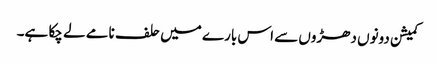
کمیشن دونوں دھڑوں سے اس بارے میں حلف نامے لے چکا ہے۔